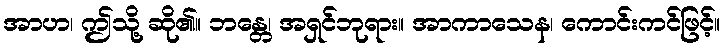
အာဟ၊ ဤသို့ ဆို၏။ ဘန္တေ၊ အရှင်ဘုရား။ အာကာသေန၊ ကောင်းကင်ဖြင့်။